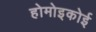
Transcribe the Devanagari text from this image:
होमोइकोई